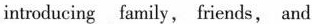
introducing family, friends, and